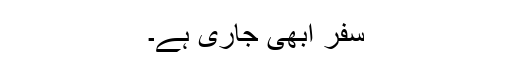
سفر ابھی جاری ہے۔